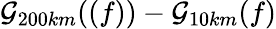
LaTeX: \mathcal{G}_{200km}((f))-\mathcal{G}_{10km}(f)